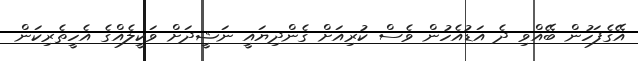
އޭގެފަހުން ބޭއްވި ދެ އަޑުއެހުން ވެސް ކުރިއަށް ގެންދިޔައީ ނަޝީދަށް ވަކީލެއްގެ އެހީތެރިކަން